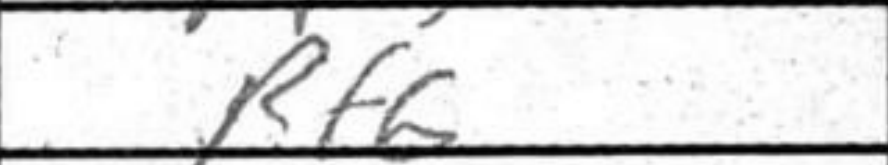
Transcription: Rf6